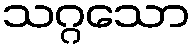
သဂ္ဂသော